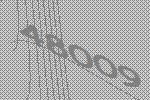
48009